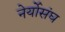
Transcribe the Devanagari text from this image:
नेर्योसंघ